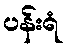
ပန်းရံ